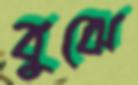
বুঝে